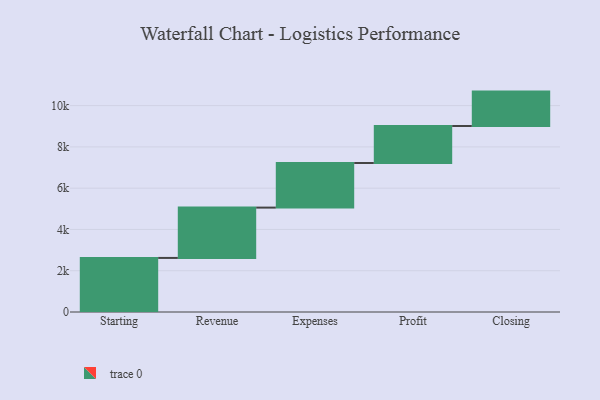
{"axis": {"x": "Step", "y": "Value"}, "legend": [""], "data": [{"x": "Starting", "y": 2620.0, "type": ""}, {"x": "Revenue", "y": 2439.0, "type": ""}, {"x": "Expenses", "y": 2160.0, "type": ""}, {"x": "Profit", "y": 1794.0, "type": ""}, {"x": "Closing", "y": 1667.0, "type": ""}]}